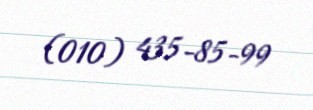
(010) 435-85-99